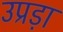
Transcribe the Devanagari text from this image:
उप्रड़ा